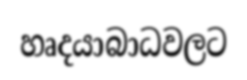
හෘදයාබාධවලට